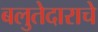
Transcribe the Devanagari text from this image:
बलुतेदाराचे